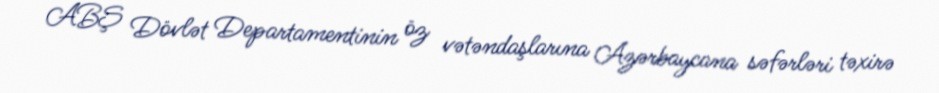
ABŞ Dövlət Departamentinin öz vətəndaşlarına Azərbaycana səfərləri təxirə